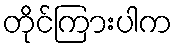
တိုင်ကြားပါက